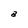
Character: a